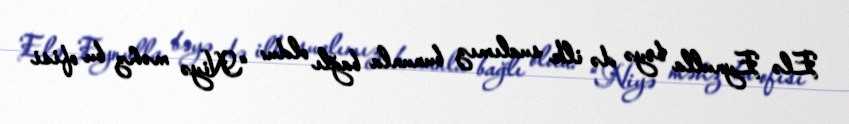
Elə Eynulla bəyə də ilk sualımız bununla bağlı oldu: “Niyə məhz bu ofisi